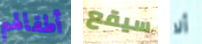
أطفالهم سيقع ألا